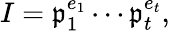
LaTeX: I={\mathfrak{p}}_{1}^{e_{1}}\cdots{\mathfrak{p}}_{t}^{e_{t}},